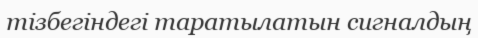
тізбегіндегі таратылатын сигналдың